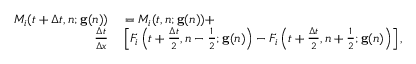
\begin{array} { r l } { M _ { i } ( t + \Delta t , n ; \mathbf { g } ( n ) ) } & { { } = M _ { i } ( t , n ; \mathbf { g } ( n ) ) + } \\ { \frac { \Delta t } { \Delta x } } & { { } \left[ F _ { i } \left( t + \frac { \Delta t } { 2 } , n - \frac { 1 } { 2 } ; \mathbf { g } ( n ) \right) - F _ { i } \left( t + \frac { \Delta t } { 2 } , n + \frac { 1 } { 2 } ; \mathbf { g } ( n ) \right) \right] , } \end{array}